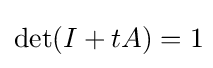
\det(I+tA)=1\!